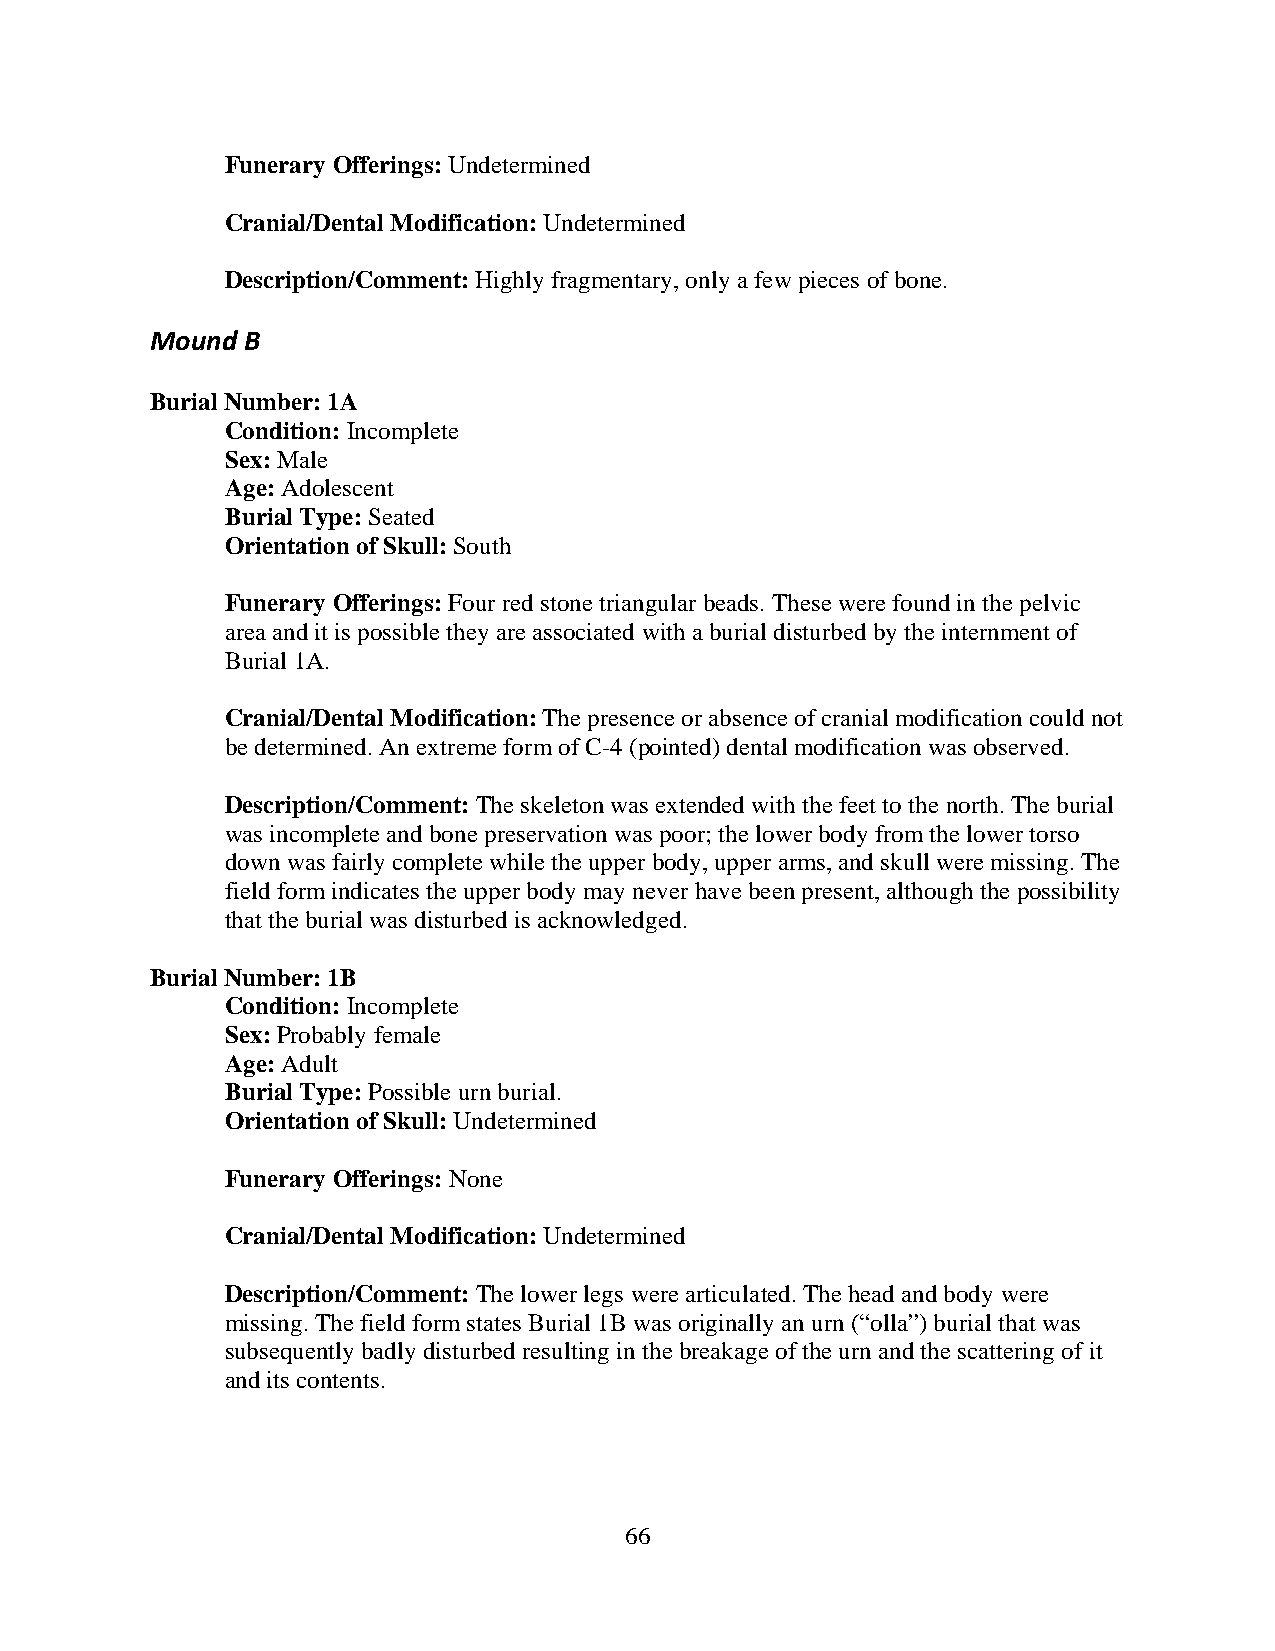
Funerary Offerings: Undetermined
 Cranial/Dental Modification: Undetermined
 Description/Comment: Highly fragmentary, only a few pieces of bone.
 Mound B
 Burial Number: 1A
 Condition: Incomplete
 Sex: Male
 Age: Adolescent
 Burial Type: Seated
 Orientation of Skull: South
 Funerary Offerings: Four red stone triangular beads. These were found in the pelvic
 area and it is possible they are associated with a burial disturbed by the internment of
 Burial 1A.
 Cranial/Dental Modification: The presence or absence of cranial modification could not
 be determined. An extreme form of C-4 (pointed) dental modification was observed.
 Description/Comment: The skeleton was extended with the feet to the north. The burial
 was incomplete and bone preservation was poor; the lower body from the lower torso
 down was fairly complete while the upper body, upper arms, and skull were missing. The
 field form indicates the upper body may never have been present, although the possibility
 that the burial was disturbed is acknowledged.
 Burial Number: 1B
 Condition: Incomplete
 Sex: Probably female
 Age: Adult
 Burial Type: Possible urn burial.
 Orientation of Skull: Undetermined
 Funerary Offerings: None
 Cranial/Dental Modification: Undetermined
 Description/Comment: The lower legs were articulated. The head and body were
 missing. The field form states Burial 1B was originally an urn (“olla”) burial that was
 subsequently badly disturbed resulting in the breakage of the urn and the scattering of it
 and its contents.
 66